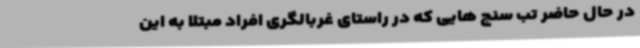
در حال حاضر تب سنج هایی که در راستای غربالگری افراد مبتلا به این